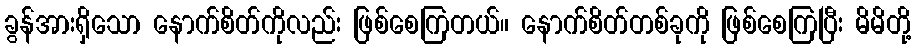
ခွန်အားရှိသော နောက်စိတ်ကိုလည်း ဖြစ်စေကြတယ်။ နောက်စိတ်တစ်ခုကို ဖြစ်စေကြပြီး မိမိတို့